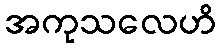
အကုသလေဟိ